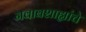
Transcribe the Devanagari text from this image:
नवाबशाह्यांचे